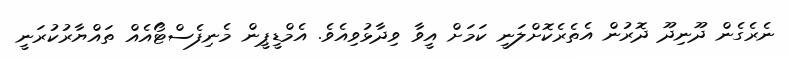
ނެރެގެން ދޫނިދޫ ދޮރުން އެތެރެކޮށްލަނީ ކަމަށް އީވާ ވިދާޅުވިއެވެ. އެމްޑީޕީން މެނިފެސްޓޯއެއް ތައްޔާރުކުރަނީ